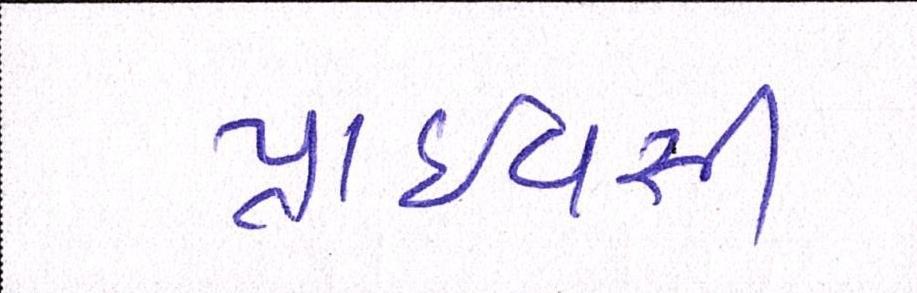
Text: પ્રાઈવસી